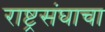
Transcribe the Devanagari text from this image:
राष्ट्रसंघाचा